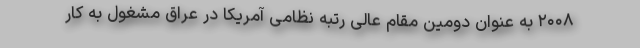
۲۰۰۸ به عنوان دومین مقام عالی رتبه نظامی آمریکا در عراق مشغول به کار